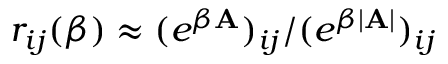
r _ { i j } ( \beta ) \approx ( e ^ { \beta \mathbf { A } } ) _ { i j } / ( e ^ { \beta | \mathbf { A } | } ) _ { i j }